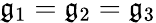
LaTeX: \mathfrak{g}_{1}=\mathfrak{g}_{2}=\mathfrak{g}_{3}